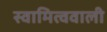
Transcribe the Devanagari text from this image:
स्वामित्ववाली